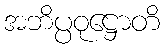
အဘိပ္ပဝုဋ္ဌောတိ